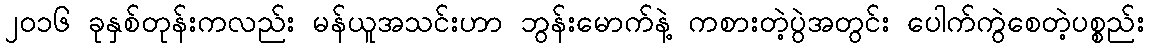
၂၀၁၆ ခုနှစ်တုန်းကလည်း မန်ယူအသင်းဟာ ဘွန်းမောက်နဲ့ ကစားတဲ့ပွဲအတွင်း ပေါက်ကွဲစေတဲ့ပစ္စည်း